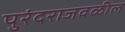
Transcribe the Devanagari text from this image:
पुरंदराजवळील